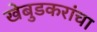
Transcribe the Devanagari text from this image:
खेबुडकरांचा